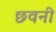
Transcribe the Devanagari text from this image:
छवनी